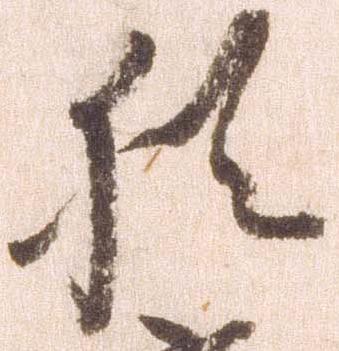
猶